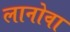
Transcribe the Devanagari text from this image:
लानोवा